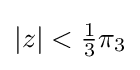
|z|<{\tfrac {1}{3}}\pi _{3}